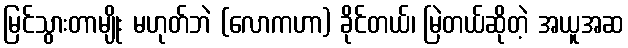
မြင်သွားတာမျိုး မဟုတ်ဘဲ (လောကဟာ) ခိုင်တယ်၊ မြဲတယ်ဆိုတဲ့ အယူအဆ